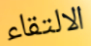
الالتقاء